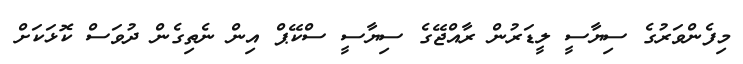
މިފެންވަރުގެ ސިޔާސީ ލީޑަރުން ރާއްޖޭގެ ސިޔާސީ ސްކޭޕް އިން ނެތިގެން ދުވަސް ކޮޅަކަށް